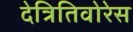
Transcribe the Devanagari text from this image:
देत्रितिवोरेस